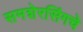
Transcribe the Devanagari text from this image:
समशेरसिंगचे